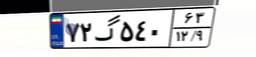
۷۲گ۵۴۰۶۳